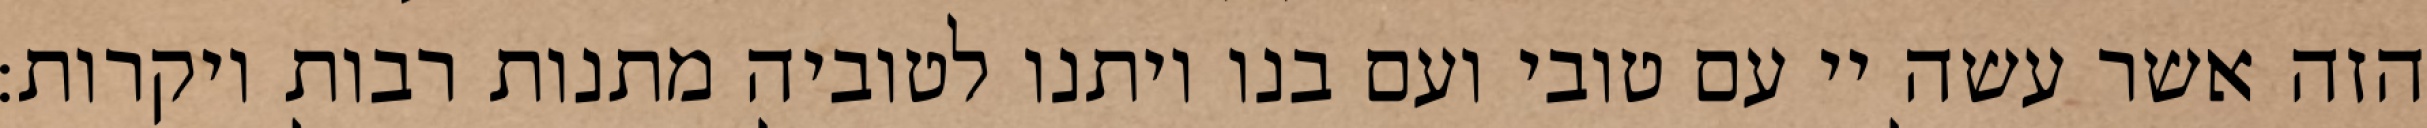
הזה אשר עשה יי עם טובי ועם בנו ויתנו לטוביה מתנות רבות ויקרות: